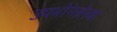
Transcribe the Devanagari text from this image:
उपभोगलेल्या